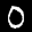
Label: 0